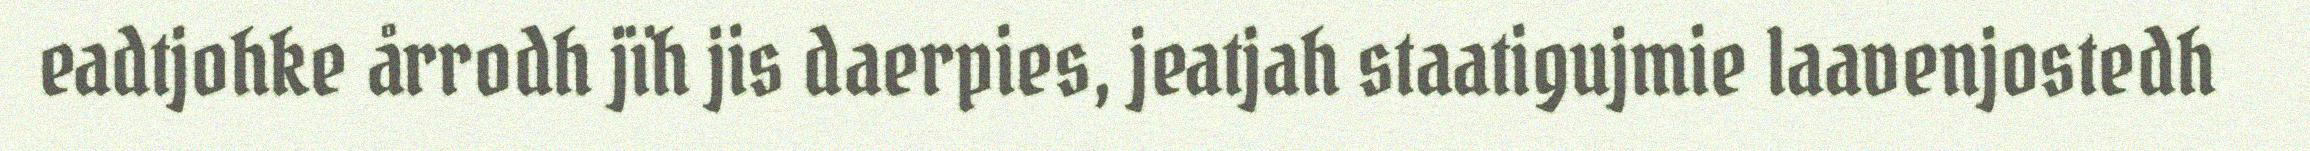
eadtjohke årrodh jïh jis daerpies, jeatjah staatigujmie laavenjostedh